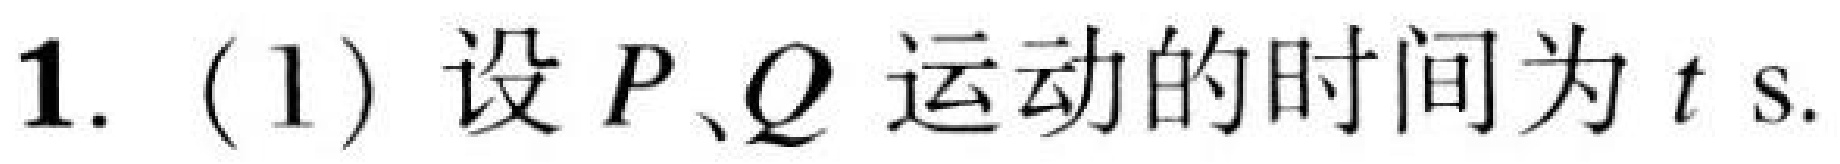
1. (1) 设\(P、Q\)运动的时间为\(t\) s.